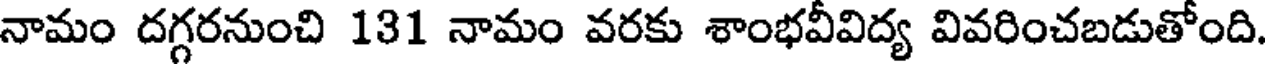
నామం దగ్గరనుంచి 131 నామం వరకు శాంభవీవిద్య వివరించబడుతోంది